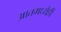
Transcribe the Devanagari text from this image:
आतमध्येही